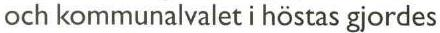
och kommunalvalet i höstas gjordes